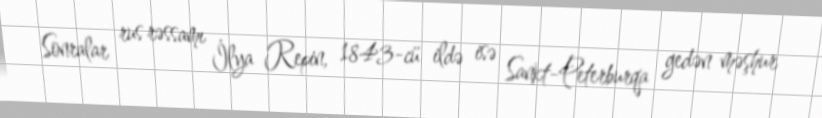
Sonralar rus rəssamı İlya Repin, 1843-cü ildə isə Sankt-Peterburqa gedən məşhur